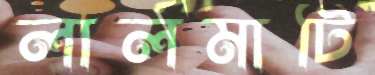
লালমাটি